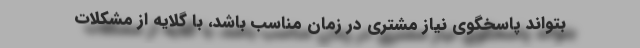
بتواند پاسخگوی نیاز مشتری در زمان مناسب باشد، با گلایه از مشکلات